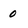
Character: 0